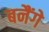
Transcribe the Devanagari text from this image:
बनैंगे